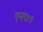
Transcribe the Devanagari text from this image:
एन७१